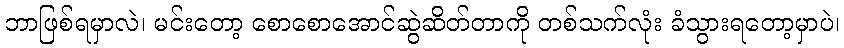
ဘာဖြစ်ရမှာလဲ၊ မင်းတော့ စောစောအောင်ဆွဲဆိတ်တာကို တစ်သက်လုံး ခံသွားရတော့မှာပဲ၊